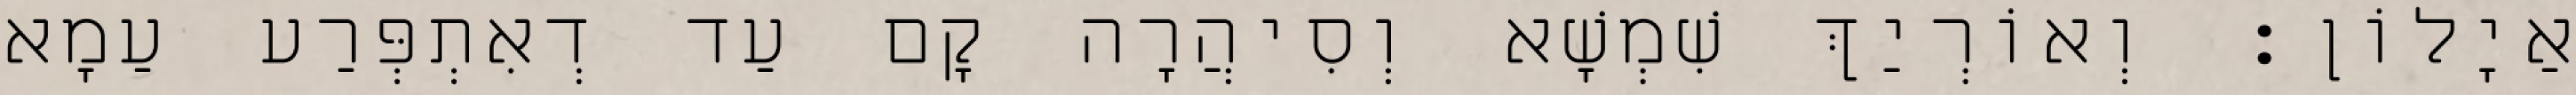
אַיָלוֹן׃ וְאוֹרְיַךְ שִׁמְשָׁא וְסִיהֲרָה קָם עַד דְאִתְפְּרַע עַמָא